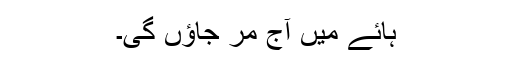
ہائے میں آج مر جاؤں گی۔